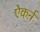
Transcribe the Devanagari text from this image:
ऐकर्न